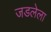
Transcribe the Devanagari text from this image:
जडलेला